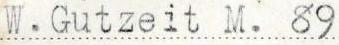
W. Gutzeit M. 89